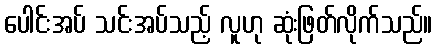
ပေါင်းအပ် သင်းအပ်သည့် လူဟု ဆုံးဖြတ်လိုက်သည်။